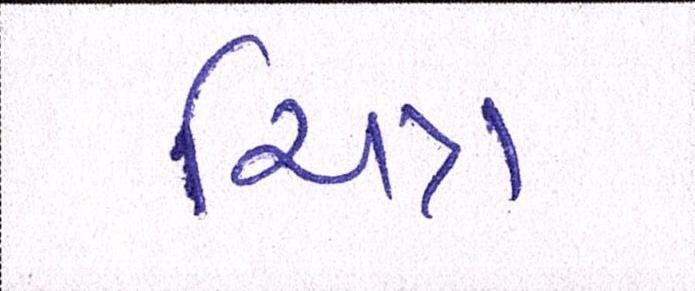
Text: ચિત્ર